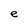
Character: e